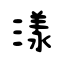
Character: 漾